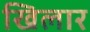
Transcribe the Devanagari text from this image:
खिलार